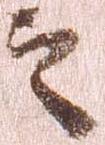
之